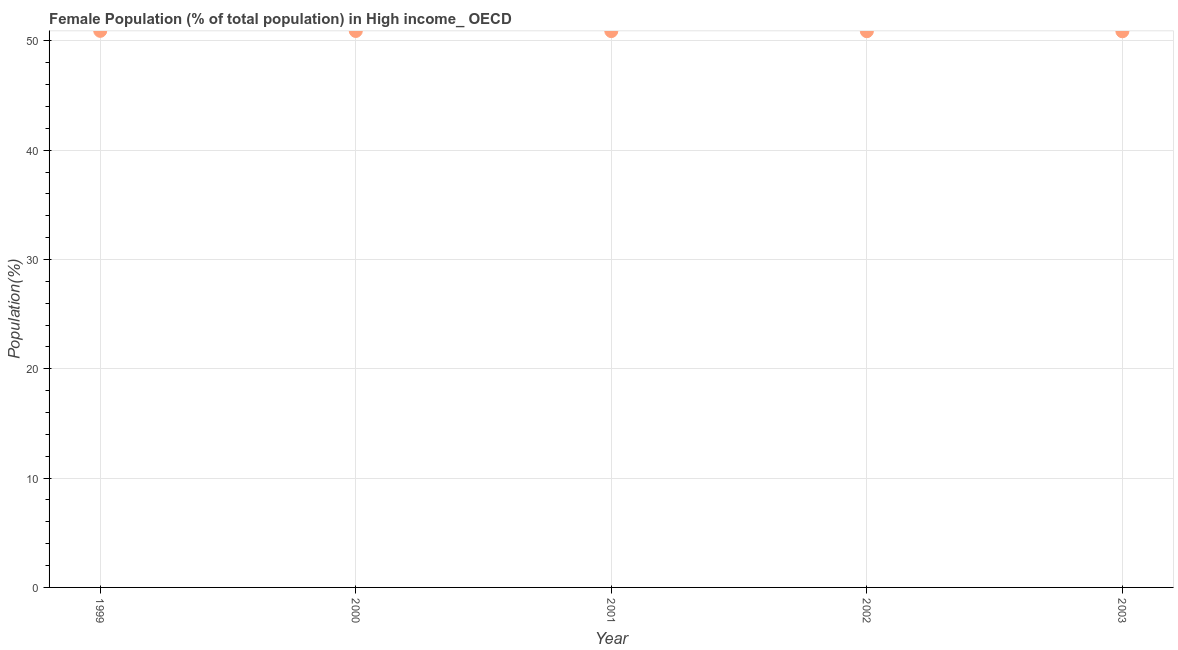
| Year | Female |
 | --- | --- |
 | 1999 | 50.9 |
 | 2000 | 50.9 |
 | 2001 | 50.9 |
 | 2002 | 50.9 |
 | 2003 | 50.9 |